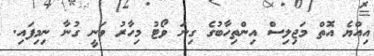
އިއްޔެ އޮތް މަޖިލިސް އިންތިހާބުގެ ގިނަ ވޯޓު މިހާރު ވަނީ ގުނާ ނިމިފައި.